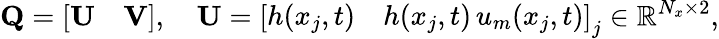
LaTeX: \mathbf{Q}=\left[\begin{array}{ll}{\mathbf{U}}&{\mathbf{V}}\end{array}\right],\quad\mathbf{U}=\left[\begin{array}{ll}{h(x_{j},t)}&{h(x_{j},t)\, u_{m}(x_{j},t)}\end{array}\right]_{j}\in\mathbb{R}^{N_{x}\times 2},